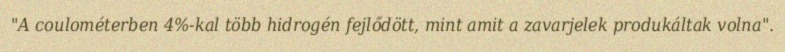
"A coulométerben 4%-kal több hidrogén fejlődött, mint amit a zavarjelek produkáltak volna".